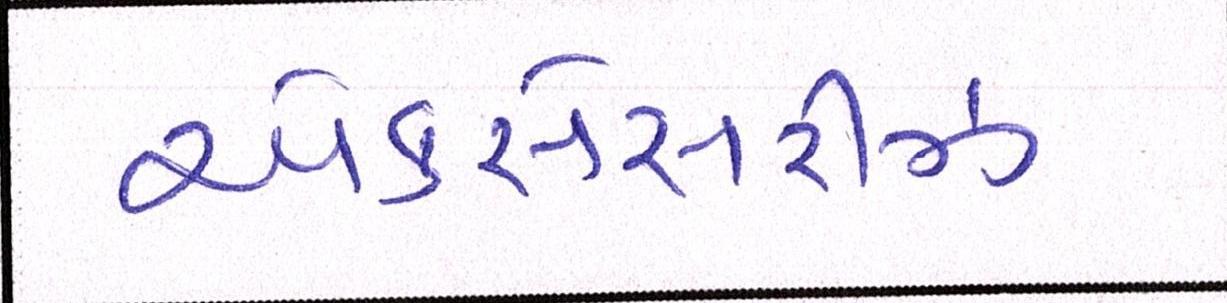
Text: એકસેસરીઝ